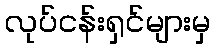
လုပ်ငန်းရှင်များမှ